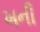
ખની